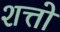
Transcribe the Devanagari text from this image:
शत्तो